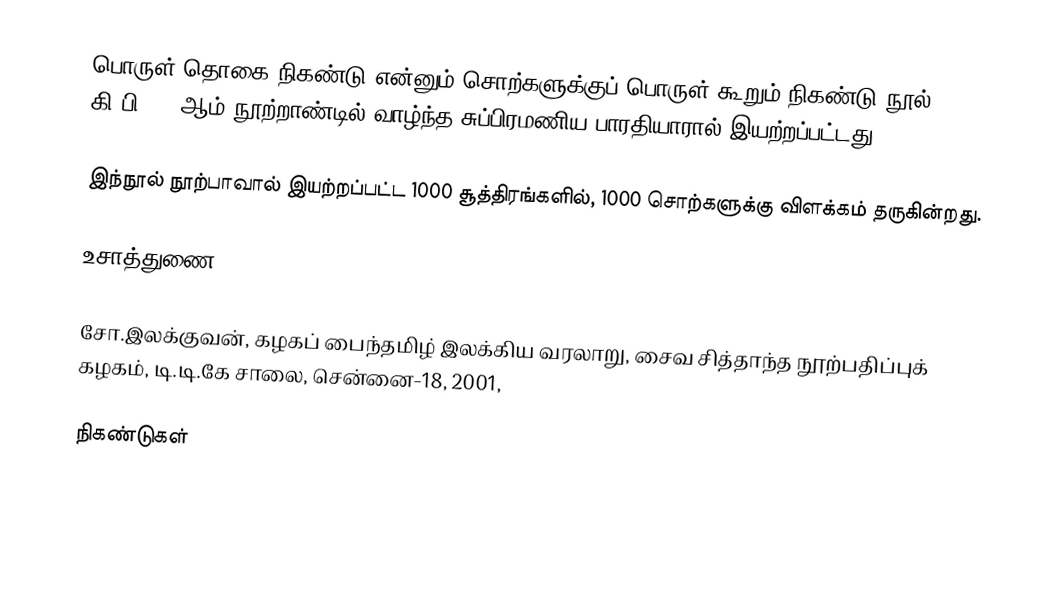
பொருள் தொகை நிகண்டு என்னும் சொற்களுக்குப் பொருள் கூறும் நிகண்டு நூல் கி.பி. 18-ஆம் நூற்றாண்டில் வாழ்ந்த சுப்பிரமணிய பாரதியாரால் இயற்றப்பட்டது.

இந்நூல் நூற்பாவால் இயற்றப்பட்ட 1000 சூத்திரங்களில், 1000 சொற்களுக்கு விளக்கம் தருகின்றது.

உசாத்துணை

சோ.இலக்குவன், கழகப் பைந்தமிழ் இலக்கிய வரலாறு, சைவ சித்தாந்த நூற்பதிப்புக் கழகம், டி.டி.கே சாலை, சென்னை-18, 2001,

நிகண்டுகள்